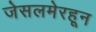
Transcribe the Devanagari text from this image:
जेसलमेरहून